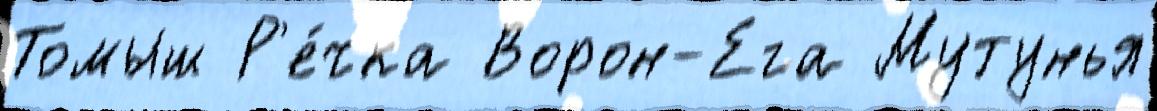
Томыш Р'е́чка Ворон-Ега Мутунья